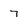
Character: 7